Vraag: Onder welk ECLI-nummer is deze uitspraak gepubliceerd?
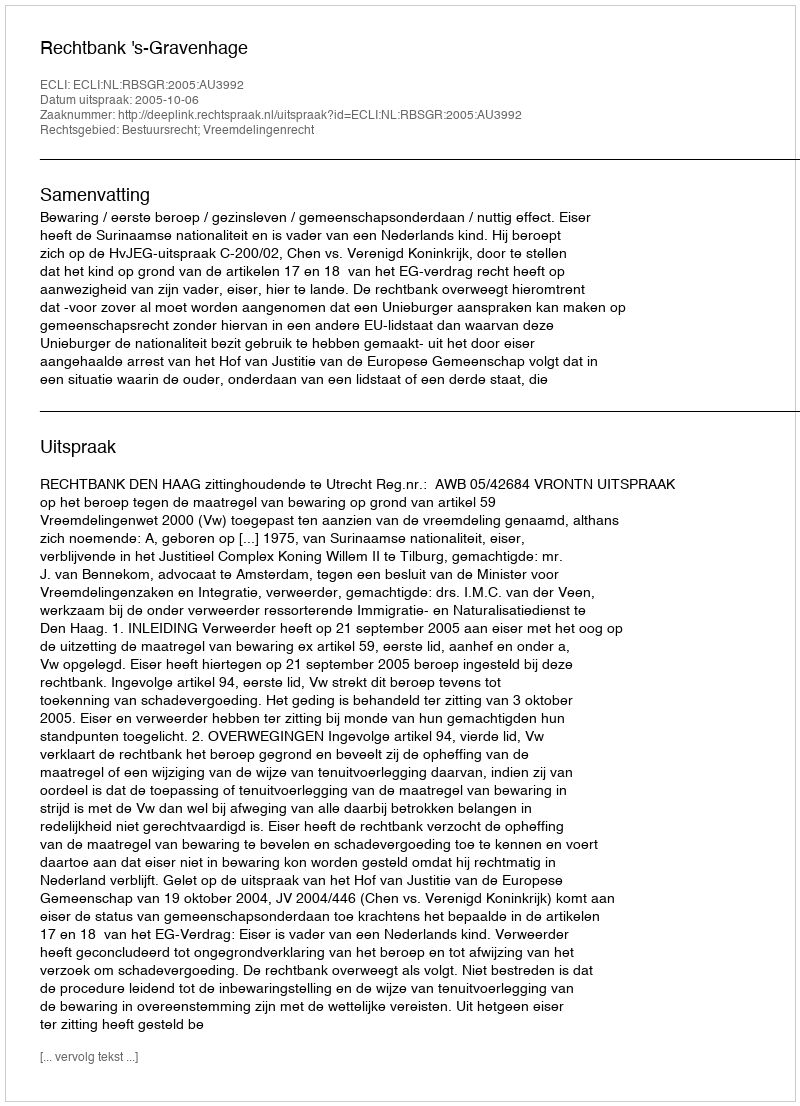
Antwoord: ECLI:NL:RBSGR:2005:AU3992